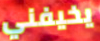
يخيفني